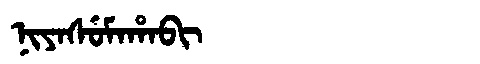
Manchu: ᠨᡳᠶᠠᠰᡠᠮᠠᡥᠠᠪᡳ
Romanization: NIYASUMAHABI